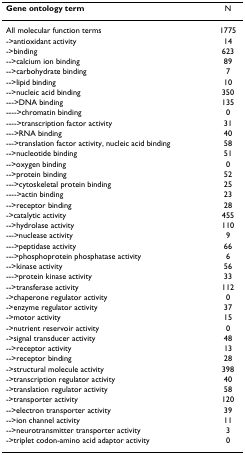
| Gene ontology term | N |
 | --- | --- |
 | All molecular function terms | 1775 |
 | ->antioxidant activity | 14 |
 | ->binding | 623 |
 | -->calcium ion binding | 89 |
 | -->carbohydrate binding | 7 |
 | -->lipid binding | 10 |
 | -->nucleic acid binding | 350 |
 | --->DNA binding | 135 |
 | ---->chromatin binding | 0 |
 | ---->transcription factor activity | 31 |
 | --->RNA binding | 40 |
 | --->translation factor activity, nucleic acid binding | 58 |
 | -->nucleotide binding | 51 |
 | -->oxygen binding | 0 |
 | -->protein binding | 52 |
 | --->cytoskeletal protein binding | 25 |
 | ---->actin binding | 23 |
 | -->receptor binding | 28 |
 | ->catalytic activity | 455 |
 | -->hydrolase activity | 110 |
 | --->nuclease activity | 9 |
 | --->peptidase activity | 66 |
 | --->phosphoprotein phosphatase activity | 6 |
 | -->kinase activity | 56 |
 | --->protein kinase activity | 33 |
 | -->transferase activity | 112 |
 | ->chaperone regulator activity | 0 |
 | ->enzyme regulator activity | 37 |
 | ->motor activity | 15 |
 | ->nutrient reservoir activity | 0 |
 | ->signal transducer activity | 48 |
 | -->receptor activity | 13 |
 | -->receptor binding | 28 |
 | ->structural molecule activity | 398 |
 | ->transcription regulator activity | 40 |
 | ->translation regulator activity | 58 |
 | ->transporter activity | 120 |
 | -->electron transporter activity | 39 |
 | -->ion channel activity | 11 |
 | -->neurotransmitter transporter activity | 3 |
 | ->triplet codon-amino acid adaptor activity | 0 |